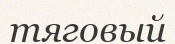
тяговый